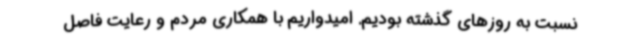
نسبت به روزهای گذشته بودیم. امیدواریم با همکاری مردم و رعایت فاصل